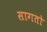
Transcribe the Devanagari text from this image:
सागतो